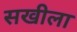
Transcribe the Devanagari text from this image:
सखीला